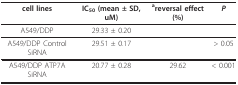
| cell lines | IC50 (mean ± SD, uM) | areversal effect(%) | P |
 | --- | --- | --- | --- |
 | A549/DDP | 29.33 ± 0.20 |  |  |
 | A549/DDP Control SiRNA | 29.51 ± 0.17 |  | > 0.05 |
 | A549/DDP ATP7A SiRNA | 20.77 ± 0.28 | 29.62 | < 0.001 |